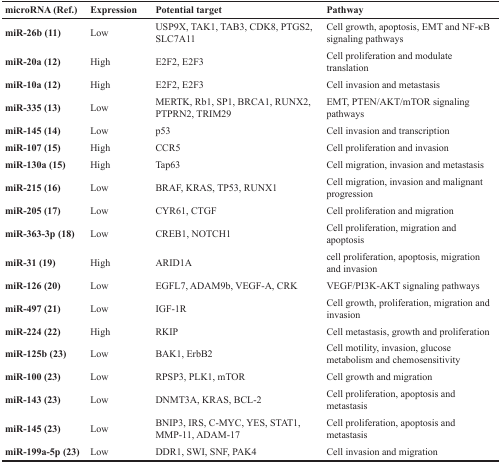
| microRNA (Ref.) | Expression | Potential target | Pathway |
 | --- | --- | --- | --- |
 | miR-26b (11) | Low | USP9X, TAK1, TAB3, CDK8, PTGS2, SLC7A11 | Cell growth, apoptosis, EMT and NF-κB signaling pathways |
 | miR-20a (12) | High | E2F2, E2F3 | Cell proliferation and modulate translation |
 | miR-10a (12) | High | E2F2, E2F3 | Cell invasion and metastasis |
 | miR-335 (13) | Low | MERTK, Rb1, SP1, BRCA1, RUNX2, PTPRN2, TRIM29 | EMT, PTEN/AKT/mTOR signaling pathways |
 | miR-145 (14) | Low | p53 | Cell invasion and transcription |
 | miR-107 (15) | High | CCR5 | Cell proliferation and invasion |
 | miR-130a (15) | High | Tap63 | Cell migration, invasion and metastasis |
 | miR-215 (16) | Low | BRAF, KRAS, TP53, RUNX1 | Cell migration, invasion and malignant progression |
 | miR-205 (17) | Low | CYR61, CTGF | Cell proliferation and migration |
 | miR-363-3p (18) | Low | CREB1, NOTCH1 | Cell proliferation, migration and apoptosis |
 | miR-31 (19) | High | ARID1A | cell proliferation, apoptosis, migration and invasion |
 | miR-126 (20) | Low | EGFL7, ADAM9b, VEGF-A, CRK | VEGF/PI3K-AKT signaling pathways |
 | miR-497 (21) | Low | IGF-1R | Cell growth, proliferation, migration and invasion |
 | miR-224 (22) | High | RKIP | Cell metastasis, growth and proliferation |
 | miR-125b (23) | Low | BAK1, ErbB2 | Cell motility, invasion, glucose metabolism and chemosensitivity |
 | miR-100 (23) | Low | RPSP3, PLK1, mTOR | Cell growth and migration |
 | miR-143 (23) | Low | DNMT3A, KRAS, BCL-2 | Cell proliferation, apoptosis and metastasis |
 | miR-145 (23) | Low | BNIP3, IRS, C-MYC, YES, STAT1, MMP-11, ADAM-17 | Cell proliferation, apoptosis and metastasis |
 | miR-199a-5p (23) | Low | DDR1, SWI, SNF, PAK4 | Cell invasion and migration |